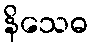
နိသေဓ